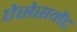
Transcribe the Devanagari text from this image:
ऐसेसमेंट